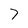
Character: 7